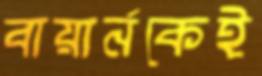
বায়ার্নকেই